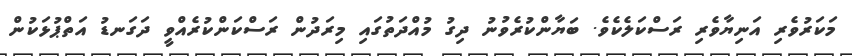
މަކަރުވެރި އަނިޔާވެރި ރަސްކަލެކެވެ. ބަޔާންކުރެވުނު ދިގު މުއްދަތުގައި މިރަދުން ރަސްކަންކުރެއްވީ ދަގަނޑު އަތްޕުޅަކުން